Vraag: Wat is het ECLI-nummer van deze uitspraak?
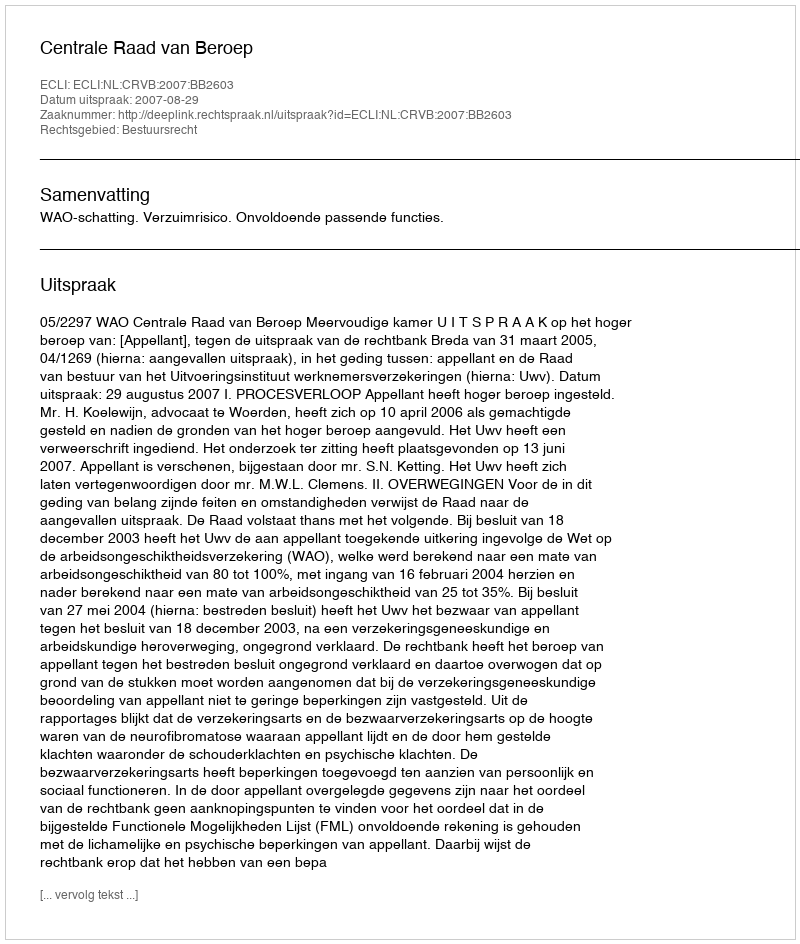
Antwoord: ECLI:NL:CRVB:2007:BB2603